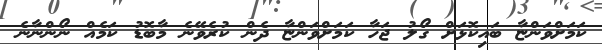
ކަމަށްވަންޏާ ބައިކޮޅަށް ގޯލު ޖަހާ ކަމަށްވަންޏާ ދެން ކުރެވޭނެ މާބޮޑު ކަމެއް ނޯންނާނެ